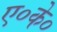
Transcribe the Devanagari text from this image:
ए०के०